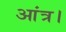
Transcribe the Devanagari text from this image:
आंत्र।